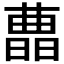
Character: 𣊛